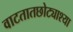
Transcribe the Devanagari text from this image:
वाटतातछोट्याश्या